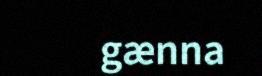
gænna